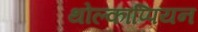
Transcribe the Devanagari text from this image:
थोल्काप्पियन